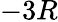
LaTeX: -3R